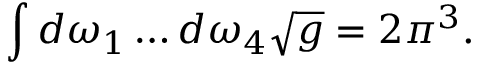
\int d \omega _ { 1 } \ldots d \omega _ { 4 } \sqrt { g } = 2 \pi ^ { 3 } .